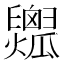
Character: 𤬟